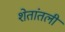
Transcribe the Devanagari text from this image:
शेतांतली